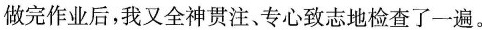
做完作业后，我又全神贯注、专心致志地检查了一遍。